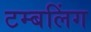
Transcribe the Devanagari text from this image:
टम्बलिंग